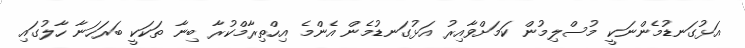
އަޅުގަނޑުމެންނަކީ މުސްލިމުން ކަމަށްވާއިރު އަޅުގަނޑުމެން އެންމެ އިހްތިރާމްކުރާ ބިނާ ތަކަކީ ބަރަހަނާ ހާލުގައި